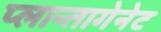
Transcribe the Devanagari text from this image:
प्लान्तागेनेट